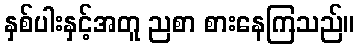
နှစ်ပါးနှင့်အတူ ညစာ စားနေကြသည်။